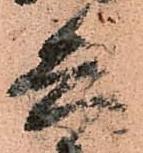
兵